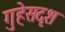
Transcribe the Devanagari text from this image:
गुहेसदृश